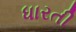
ધારતી